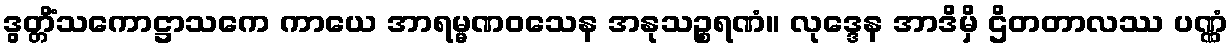
ဒွတ္တိံသကောဋ္ဌာသကေ ကာယေ အာရမ္မဏဝသေန အနုသဉ္စရဏံ။ လုဒ္ဒေန အာဒိမှိ ဌိတတာလဿ ပဏ္ဏံ